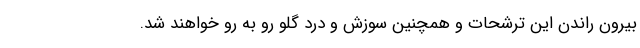
بیرون راندن این ترشحات و همچنین سوزش و درد گلو رو به رو خواهند شد.